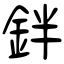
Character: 鉡